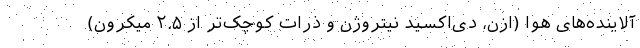
آلاینده‌های هوا (اُزن، دی‌اکسید نیتروژن و ذرات کوچک‌تر از ۲.۵ میکرون)